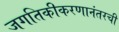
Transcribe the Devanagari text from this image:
जगतिकीकरणानंतरची